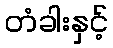
တံခါးနှင့်